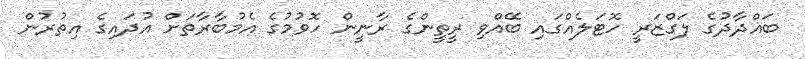
ބަޣްދާދުގެ ލަގްޒަރީ ހޮޓަލެއްގައި ބޭއްވި ރީތީންގެ ރާނީން ހޮވުމުގެ އެމުބާރާތަށް އުދައިގެ އިތުރުން